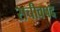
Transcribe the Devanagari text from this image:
सचीवपद